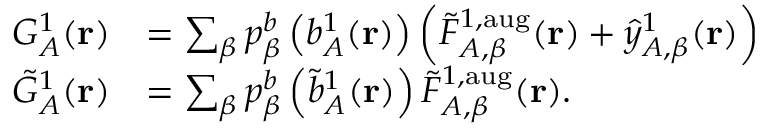
\begin{array} { r l } { G _ { A } ^ { 1 } ( \mathbf { r } ) } & { = \sum _ { \beta } p _ { \beta } ^ { b } \left( b _ { A } ^ { 1 } ( \mathbf { r } ) \right) \left( \tilde { F } _ { A , \beta } ^ { 1 , \mathrm { a u g } } ( \mathbf { r } ) + \hat { y } _ { A , \beta } ^ { 1 } ( \mathbf { r } ) \right) } \\ { \tilde { G } _ { A } ^ { 1 } ( \mathbf { r } ) } & { = \sum _ { \beta } p _ { \beta } ^ { b } \left( \tilde { b } _ { A } ^ { 1 } ( \mathbf { r } ) \right) \tilde { F } _ { A , \beta } ^ { 1 , \mathrm { a u g } } ( \mathbf { r } ) . } \end{array}